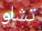
تشاو